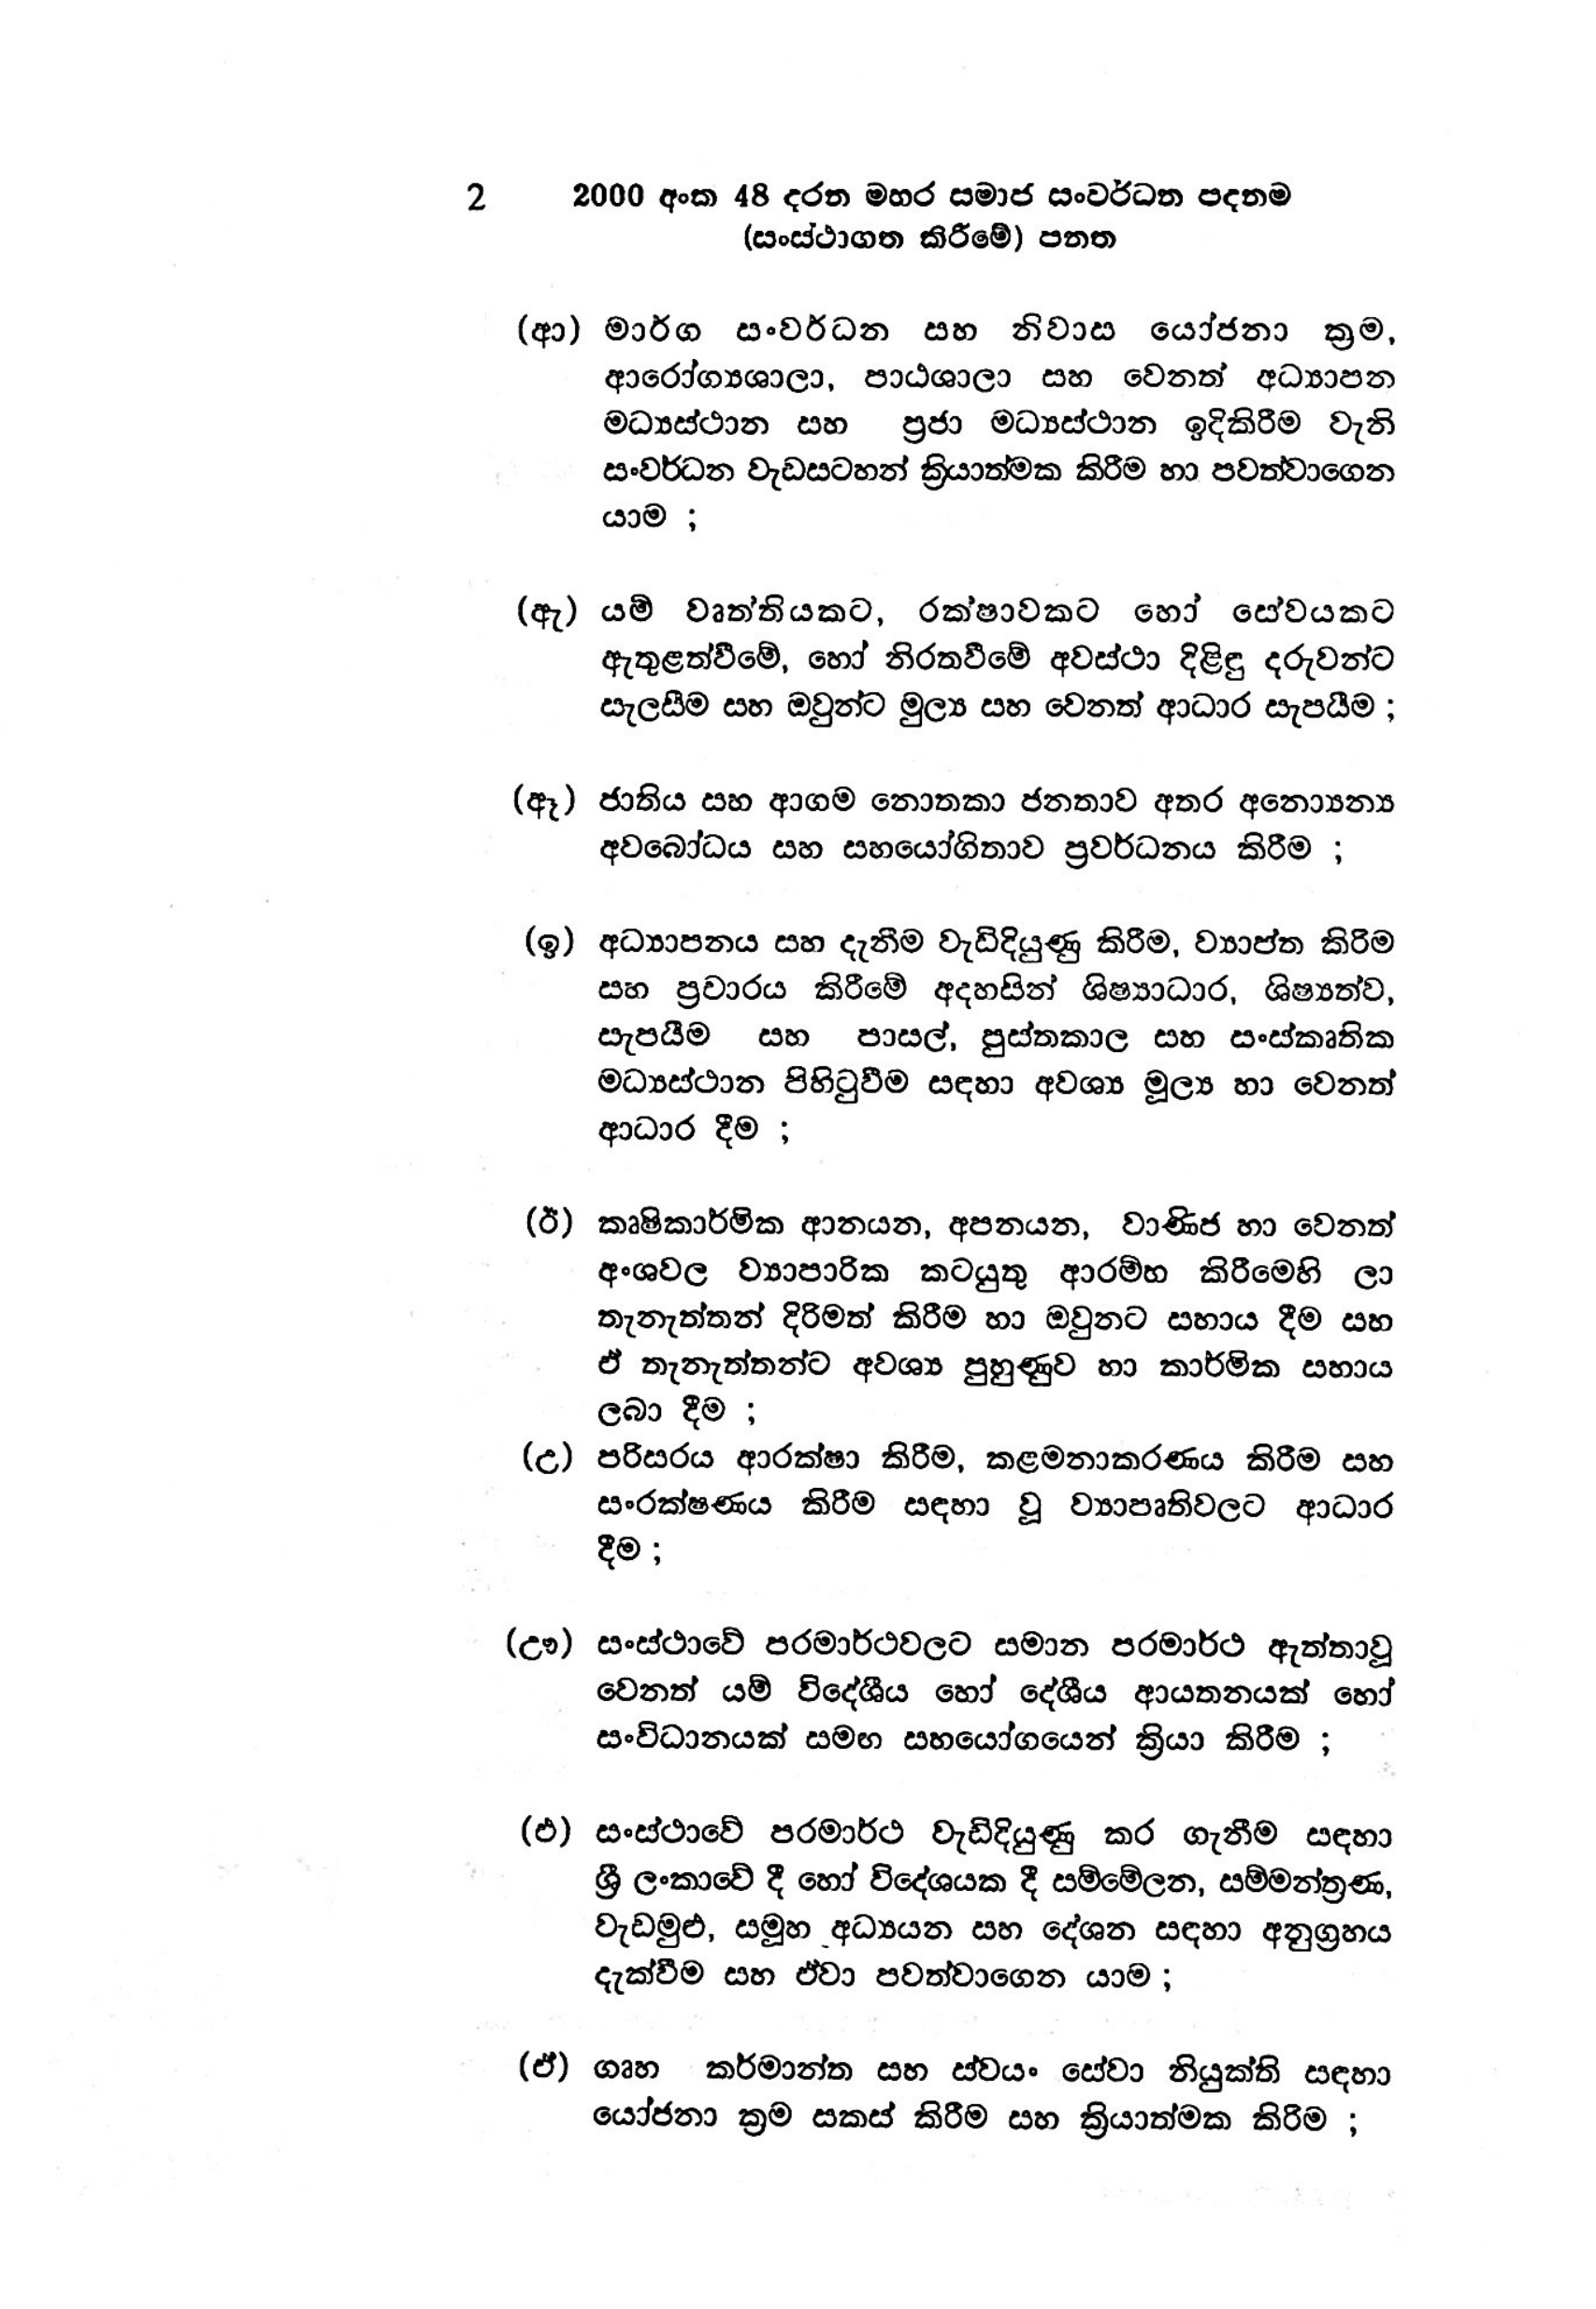
2 2000 අංක 48 දරන මහර සමාජ සංවර්ධන පදනම
(සංස්ථාගත කිරීමේ) පනත

(ආ) මාර්ග සංවර්ධන සහ නිවාස යෝජනා ක්‍රම,
ආරෝග්‍යශාලා, පාඨශාලා සහ වෙනත් අධ්‍යාපන
මධ්‍යස්ථාන සහ ප්‍රජා මධ්‍යස්ථාන ඉදිකිරීම වැනි
සංවර්ධන වැඩසටහන් ක්‍රියාත්මක කිරීම හා පවත්වාගෙන
යාම ;

(ඇ) යම් වෘත්තියකට, රක්ෂාවකට හෝ සේවයකට
ඇතුළත්වීමේ, හෝ නිරතවීමේ අවස්ථා දිළිඳු දරුවන්ට
සැලසීම සහ ඔවුන්ට මුල්‍ය සහ වෙනත් ආධාර සැපයීම ;

(ඈ) ජාතිය සහ ආගම නොතකා ජනතාව අතර අන්‍යෙන්‍ය
අවබෝධය සහ සහයෝගිතාව ප්‍රවර්ධනය කිරීම ;

(ඉ) අධ්‍යාපනය සහ දැනීම වැඩිදියුණු කිරීම, ව්‍යාප්ත කිරීම
සහ ප්‍රචාරය කිරීමේ අදහසින් ශිෂ්‍යාධාර, ශිෂ්‍යත්ව,
සැපයීම සහ පාසල්, පුස්තකාල සහ සංස්කෘතික
මධ්‍යස්ථාන පිහිටු වීම සඳහා අවශ්‍ය මූල්‍ය හා වෙනත්
ආධාර දීම ;

(ඊ) කෘෂිකාර්මික ආනයන, අපනයන, වාණිජ හා වෙනත්
අංශවල ව්‍යාපාරික කටයුතු ආරම්හ කිරීමෙහි ලා
තැනැත්තන් දිරිමත් කිරීම හා ඔවුනට සහාය දීම සහ
ඒ තැනැත්තන්ට අවශ්‍ය පුහුණුව හා කාර්මික සහාය
ලබා දීම ;

(උ) පරිසරය ආරක්ෂා කිරීම, කළමනාකරණය කිරීම සහ
සංරක්ෂණය කිරීම සඳහා වූ ව්‍යාපෘතිවලට ආධාර
දීම;

(ඌ) සංස්ථාවේ පරමාර්ථවලට සමාන පරමාර්ථ ඇත්තාවූ
වෙනත් යම් විදේශීය හෝ දේශීය ආයතනයක් හෝ
සංවිධානයක් සමඟ සහයෝගයෙන් ක්‍රියා කිරීම ;

(එ) සංස්ථාවේ පරමාර්ථ වැඩිදියුණු කර ගැනීම සඳහා
ශ්‍රී ලංකාවේ දී හෝ විදේශයක දී සම්මේලන, සම්මන්ත්‍රණ,
වැඩමුළු, සමූහ අධ්‍යයන සහ දේශන සඳහා අනුග්‍රහය
දැක්වීම සහ ඒවා පවත්වාගෙන යාම;

(ඒ) ගෘහ කර්මාන්ත සහ ස්වයං සේවා නියුක්ති සඳහා
යෝජනා ක්‍රම සකස් කිරීම සහ ක්‍රියාත්මක කිරීම ;